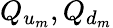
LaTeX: Q_{u_{m}},Q_{d_{m}}